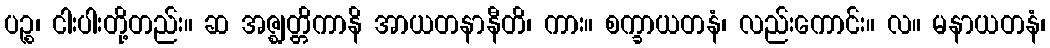
ပဉ္စ၊ ငါးပါးတို့တည်း။ ဆ အဇ္ဈတ္တိကာနိ အာယတနာနီတိ၊ ကား။ စက္ခာယတနံ၊ လည်းကောင်း။ လ။ မနာယတနံ၊